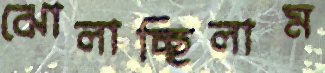
ঝোলাচ্ছিলাম